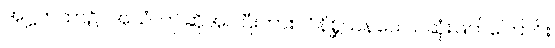
အဋ္ဌကထာ၌။ အယံ၊ ဤဆိုအပ်ပြီးကား။ ဝိနိစ္ဆယနယော၊ ဆုံးဖြတ်ကြောင်း